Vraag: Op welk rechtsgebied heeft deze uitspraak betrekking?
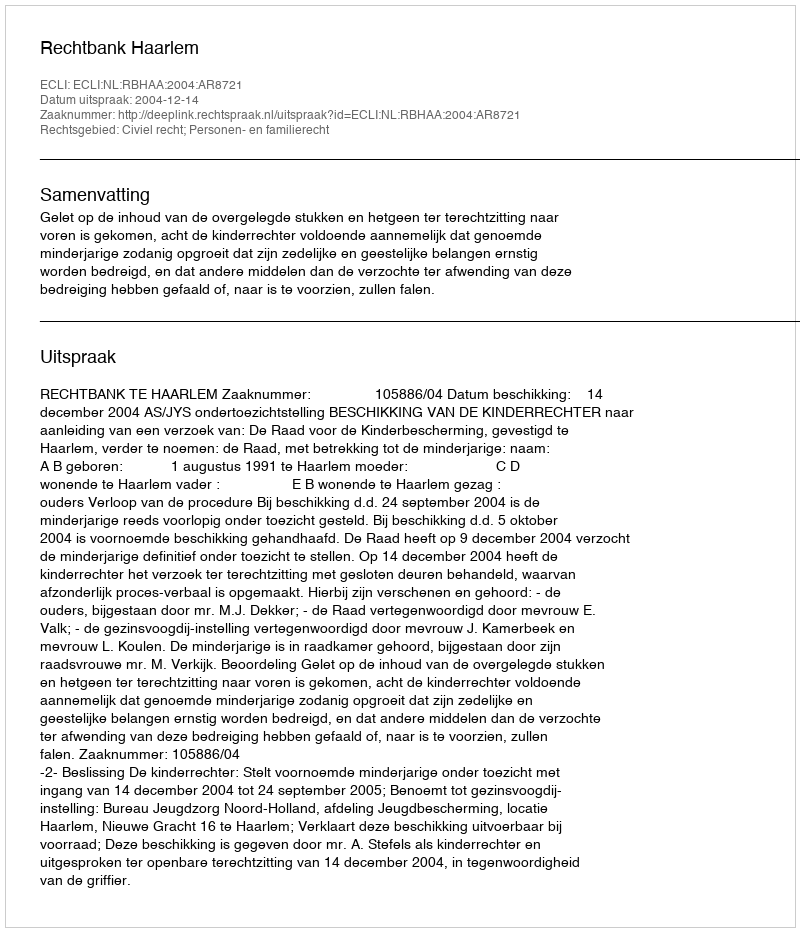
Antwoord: Civiel recht; Personen- en familierecht